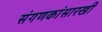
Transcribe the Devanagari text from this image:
संगणकांसारखी